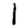
Digit: 1